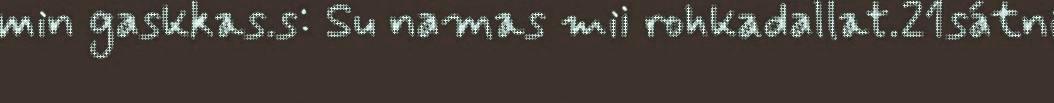
min gaskkas.s: Su namas mii rohkadallat.21sátni